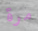
مرة